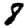
Digit: 8